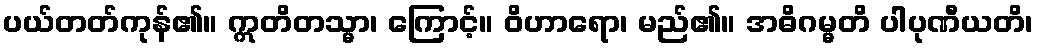
ပယ်တတ်ကုန်၏။ ဣတိတသ္မာ၊ ကြောင့်။ ဝိဟာရော၊ မည်၏။ အဓိဂမ္မတိ ပါပုဏီယတိ၊